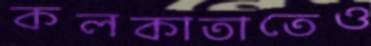
কলকাতাতেও